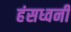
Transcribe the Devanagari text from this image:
हंसध्वनी